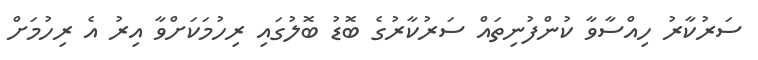
ސަރުކާރު ހިއްސާވާ ކުންފުނިތައް ސަރުކާރުގެ ބޮޑު ބޮލުގައި ރިހުމަކަށްވާ އިރު އެ ރިހުމަށް